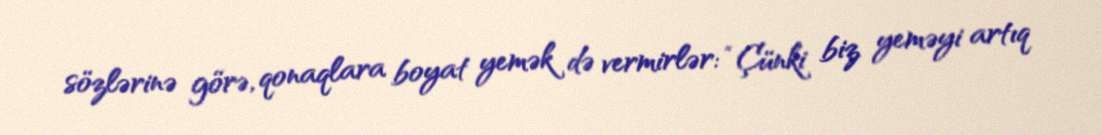
sözlərinə görə, qonaqlara boyat yemək də vermirlər: “Çünki biz yeməyi artıq